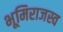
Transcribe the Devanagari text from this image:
भूमिराजस्व